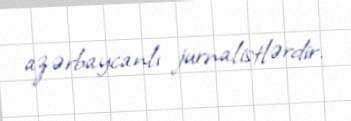
azərbaycanlı jurnalistlərdir.